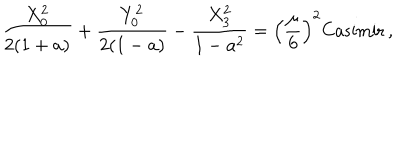
LaTeX: { \frac { X _ { 0 } ^ { 2 } } { 2 ( 1 + a ) } } + { \frac { Y _ { 0 } ^ { 2 } } { 2 ( 1 - a ) } } - { \frac { X _ { 3 } ^ { 2 } } { 1 - a ^ { 2 } } } = \left( { \frac { \mu } { 6 } } \right) ^ { 2 } \mathrm { C a s i m i r } \, ,